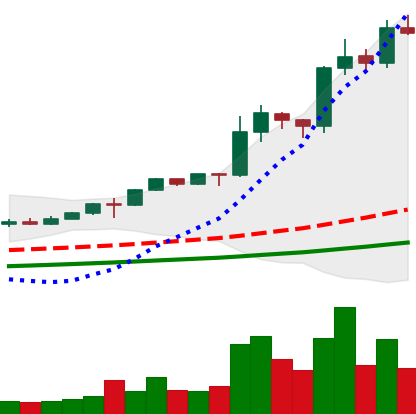
Ticker: LINK-USD
Chart end date: 2020-08-16
Forward return: -26.608%
Label: down_7plus